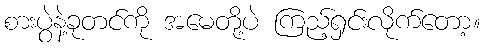
စားပွဲနဲ့ခုတင်ကို အမေတို့ပဲ ကြည့်ရှင်းလိုက်တော့။